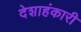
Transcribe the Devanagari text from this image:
देशाहंकारी